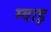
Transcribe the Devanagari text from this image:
म्वाइ